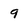
Character: 9